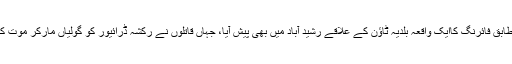
پولیس کے مطابق فائرنگ کاایک واقعہ بلدیہ ٹاؤن کے علاقے رشید آباد میں بھی پیش آیا، جہاں قاتلوں نے رکشہ ڈرائیور کو گولیاں مارکر موت کی نیند سلادیا۔